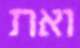
ואת